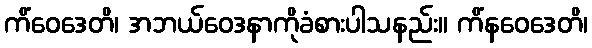
ကိံဝေဒေတိ၊ အဘယ်ဝေဒနာကိုခံစားပါသနည်း။ ကိံနဝေဒေတိ၊